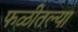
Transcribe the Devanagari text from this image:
फळीतल्या